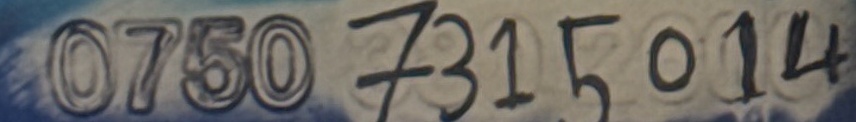
0750 731 5014